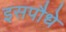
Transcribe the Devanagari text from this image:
इसपौधे